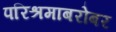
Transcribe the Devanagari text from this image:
परिश्रमाबरोबर